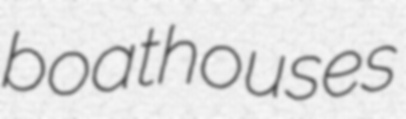
boathouses